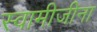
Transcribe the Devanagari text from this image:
स्वामीजीना